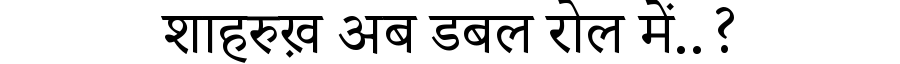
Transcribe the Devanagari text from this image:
शाहरुख़ अब डबल रोल में..?